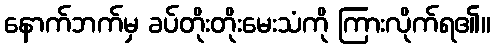
နောက်ဘက်မှ ခပ်တိုးတိုးမေးသံကို ကြားလိုက်ရ၏။